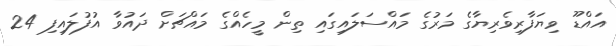
އައްޑޫ ވިޔަފާރިވެރިޔާގެ މަރުގެ މައްސަލައިގައި ތިން މީހެއްގެ މައްޗަށް ދައުވާ އުފުލައިފި 24